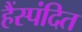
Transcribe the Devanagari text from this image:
हैंस्पंदित